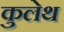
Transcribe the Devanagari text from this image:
कुलेथ